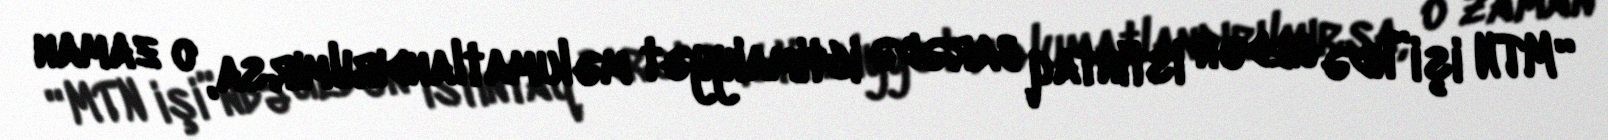
“MTN işi”ndə gedən istintaq barədə ictimaiyyət məlumatlandırılmırsa, o zaman